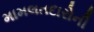
મામલતદારોની